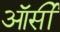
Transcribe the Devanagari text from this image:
ऑर्सी